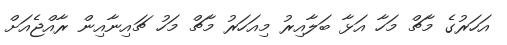
އަހަރުގެ މާޗް މަހާ އަޅާ ބަލާއިރު މިއަހަރު މާޗް މަހު ޗައިނާއިން ރާއްޖެއަށް